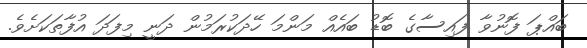
ބައްޕަ ފޮނުވާ ފައިސާގެ ބޮޑު ބައެއް މަންމަ ހޭދަކުރަމުން ދަނީ މިފަދަ އުފާތަކަށެވެ.